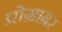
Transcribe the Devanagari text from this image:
प्रोग्राम्रर